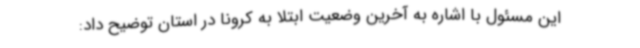
این مسئول با اشاره به آخرین وضعیت ابتلا به کرونا در استان توضیح داد: